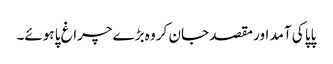
پاپا کی آمد اور مقصد جان کر وہ بڑے چراغ پا ہوئے۔